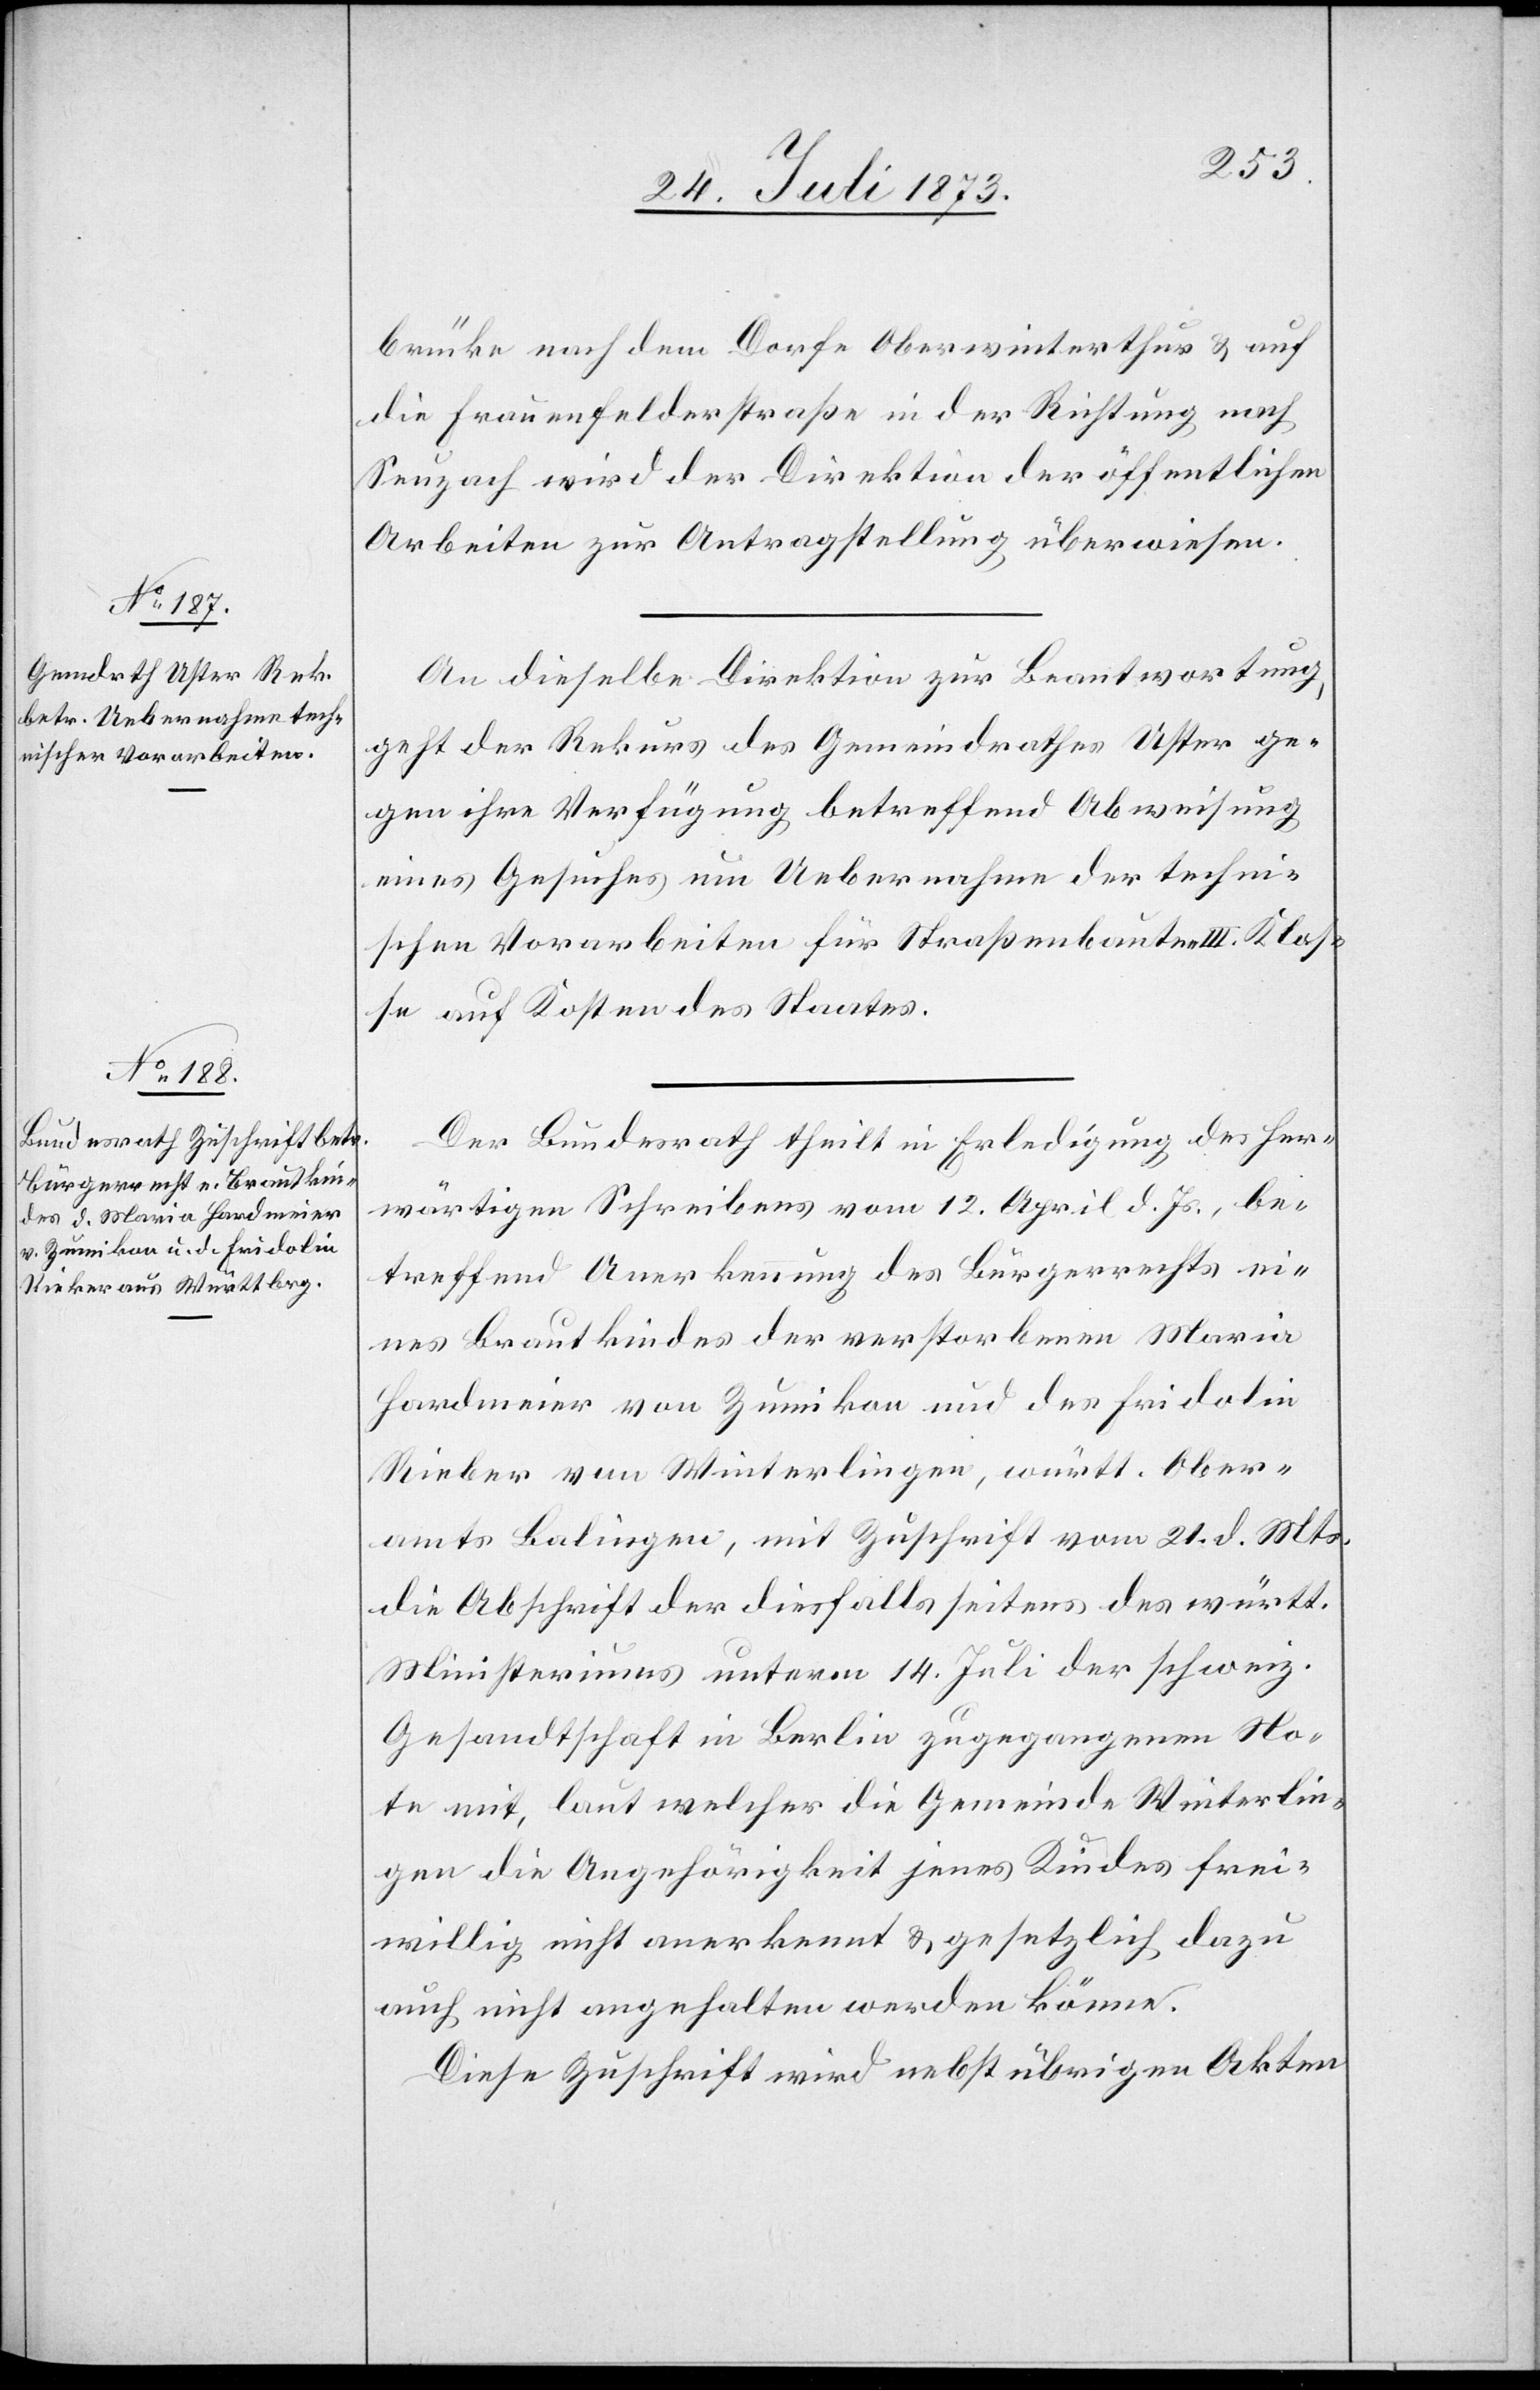
24. Juli 1873.]
brücke nach dem Dorfe Oberwinterthur & auf
Seuzach wird der Direktion der öffentlichen
Arbeiten zur Antragstellung überwiesen.
An dieselbe Direktion zur Beantwortung
geht der Rekurs des Gemeindrathes Uster ge¬
gen ihre Verfügung betreffend Abweisung
eines Gesuches um Uebernahme der techni¬
schen Vorarbeiten für Straßenbauten III. Klas¬
se auf Kosten des Staates.
Der Bundesrath theilt in Erledigung des her¬
wärtigen Schreibens vom 12. April d. Js., be¬
treffend Anerkennung des Bürgerrechts e¬
ines Brautkindes der verstorbenen Maria
Hardmeier von Zumikon und des Fridolin
Rieber von Winterlingen, württ. Ober¬
amts Balingen, mit Zuschrift vom 21. d. Mts.
die Abschrift der diesfalls seitens des württ.
Ministeriums unterm 14. Juli der schweiz.
Gesandtschaft in Berlin zugegangenen No¬
te mit, laut welcher die Gemeinde Winterlin¬
gen die Angehörigkeit jenes Kindes frei¬
willig nicht anerkennt & gesetzlich dazu
auch nicht angehalten werden könne.
Diese Zuschrift wird nebst übrigen Akten